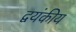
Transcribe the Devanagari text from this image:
द्वयंकीय